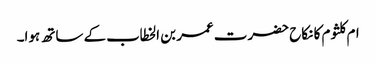
ام کلثوم کا نکاح حضرت عمر بن الخطاب کے ساتھ ہوا۔